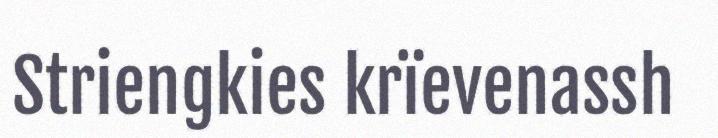
Striengkies krïevenassh